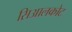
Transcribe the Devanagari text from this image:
सिआलकोट